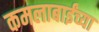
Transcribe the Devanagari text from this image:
कमलाबाईंच्या